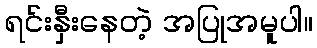
ရင်းနှီးနေတဲ့ အပြုအမူပါ။